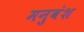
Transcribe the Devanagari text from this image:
मनुवंश